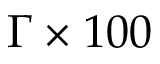
\Gamma \times 1 0 0